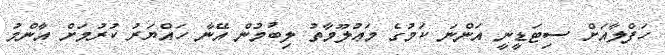
ހަފްލާއަށް ސިޓަޑީނީ އަންނަ ކަމުގެ މަޢުލޫމާތު ލިބުމުން އޭނާ ހައްޔަރު ކުރުމަށް އާންމު